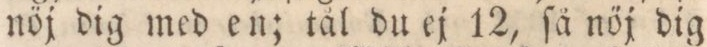
nöj dig med en; tål du ej 12, ſå nöj dig